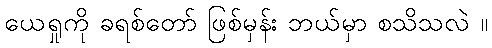
ယေရှုကို ခရစ်တော် ဖြစ်မှန်း ဘယ်မှာ စသိသလဲ ။